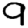
Digit: 9